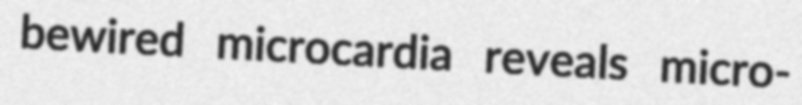
bewired microcardia reveals micro-